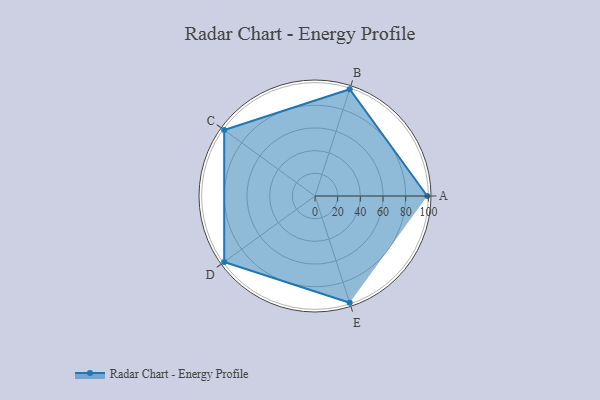
{"axis": {"x": "Skill", "y": "Score"}, "legend": ["Profile"], "data": [{"x": "A", "y": 99, "type": "Profile"}, {"x": "B", "y": 99, "type": "Profile"}, {"x": "C", "y": 99, "type": "Profile"}, {"x": "D", "y": 99, "type": "Profile"}, {"x": "E", "y": 99, "type": "Profile"}]}